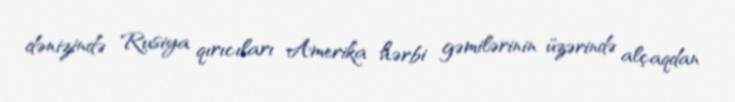
dənizində Rusiya qırıcıları Amerika hərbi gəmilərinin üzərində alçaqdan